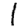
Digit: 1